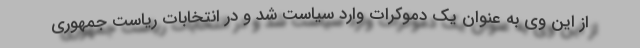
از این وی به عنوان یک دموکرات وارد سیاست شد و در انتخابات ریاست جمهوری